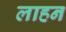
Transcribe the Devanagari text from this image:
लाहन